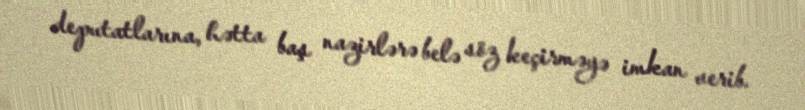
deputatlarına, hətta baş nazirlərə belə söz keçirməyə imkan verib.